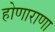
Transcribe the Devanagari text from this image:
होणाराणा